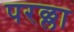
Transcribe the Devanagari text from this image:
परळ्ला